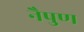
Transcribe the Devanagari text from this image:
नैपुण